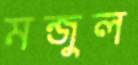
মন্জুল